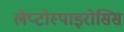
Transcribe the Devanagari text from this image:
लेप्टोस्पाइरोसिस